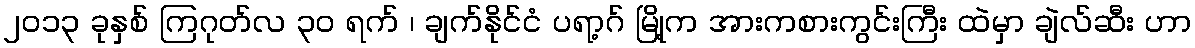
၂၀၁၃ ခုနှစ် ကြဂုတ်လ ၃၀ ရက် ၊ ချက်နိုင်ငံ ပရာ့ဂ် မြို့က အားကစားကွင်းကြီး ထဲမှာ ချဲလ်ဆီး ဟာ